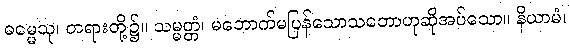
ဓမ္မေသု၊ တရားတို့၌။ သမ္မတ္တံ၊ မဘောက်မပြန်သောသဘောဟုဆိုအပ်သော။ နိယာမံ၊